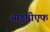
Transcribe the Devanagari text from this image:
आइपीएफ